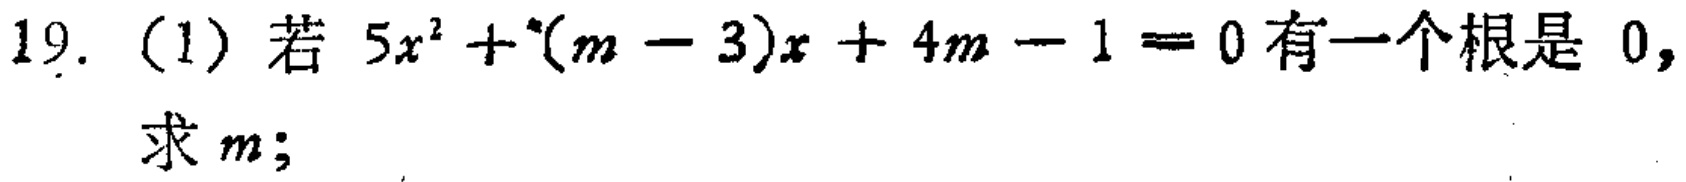
19. (1) 若 \(5x^{2}+(m - 3)x + 4m - 1 = 0\) 有一个根是 \(0\)，求 \(m\)；